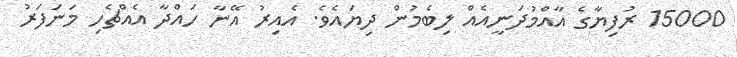
15000 ރުފިޔާގެ އާއްމުދަނީއެއް ލިބެމުން ދިޔައެވެ. އެއިރު އޭނާ ހައްދާ އެއްޗެހި މަނަފަރު